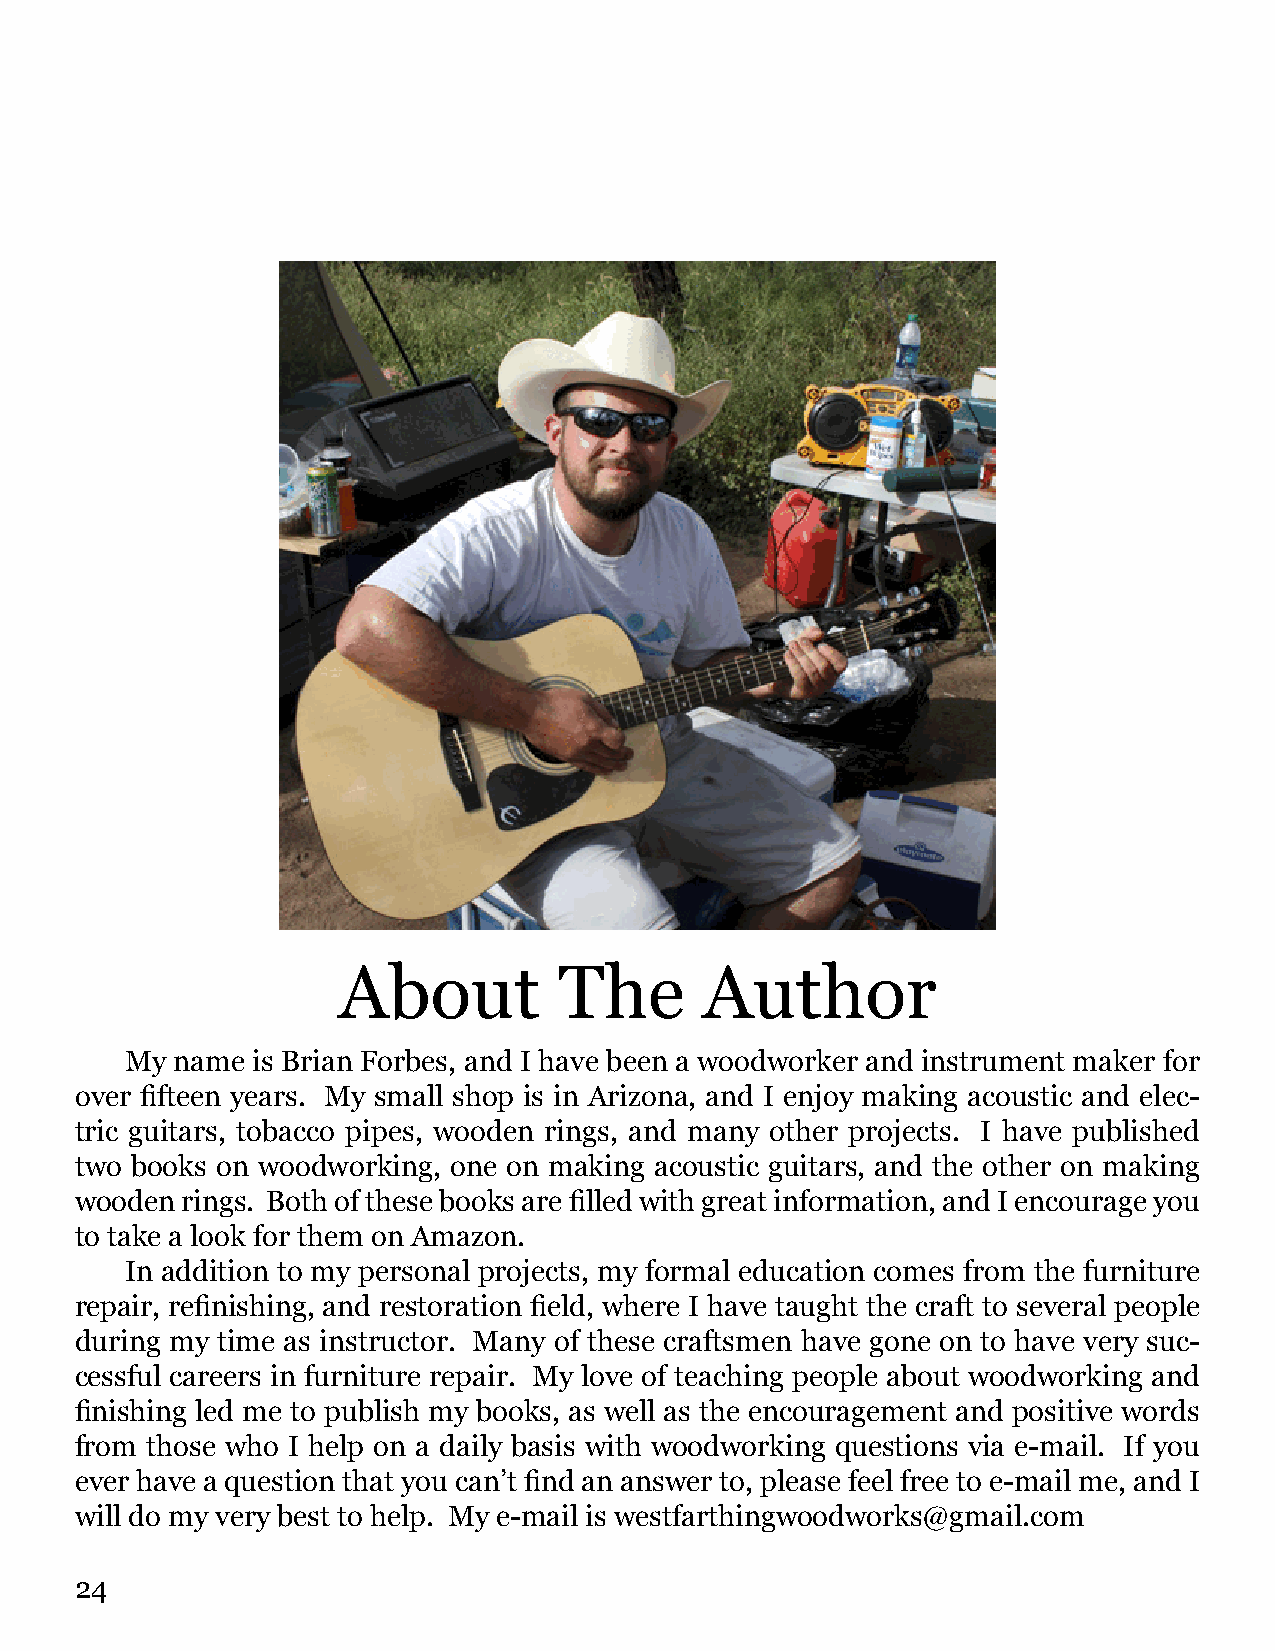
About          The       Author
 My  name is Brian Forbes, and I have been a woodworker and instrument maker for
 over fifteen years. My small shop is in Arizona, and I enjoy making acoustic and elec-
 tric guitars, tobacco pipes, wooden rings, and many other projects. I have published
 two books on woodworking, one on making acoustic guitars, and the other on making
 wooden rings. Both of these books are filled with great information, and I encourage you
 to take a look for them on Amazon.
 In addition to my personal projects, my formal education comes from the furniture
 repair, refinishing, and restoration field, where I have taught the craft to several people
 during my time as instructor. Many of these craftsmen have gone on to have very suc-
 cessful careers in furniture repair. My love of teaching people about woodworking and
 finishing led me to publish my books, as well as the encouragement and positive words
 from those who I help on a daily basis with woodworking questions via e-mail. If you
 ever have a question that you can’t find an answer to, please feel free to e-mail me, and I
 will do my very best to help. My e-mail is westfarthingwoodworks@gmail.com
 24